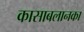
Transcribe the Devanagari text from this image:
कासाबलानका